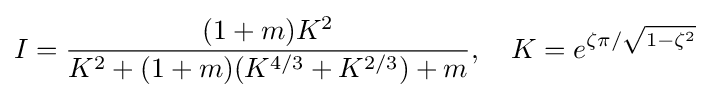
I={\frac {(1+m)K^{2}}{K^{2}+(1+m)(K^{4/3}+K^{2/3})+m}},\quad K=e^{\zeta \pi /{\sqrt {1-\zeta ^{2}}}}